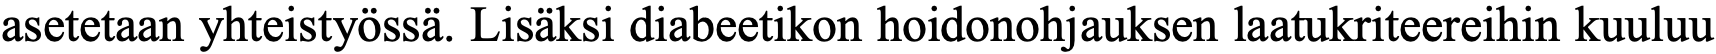
asetetaan yhteistyössä. Lisäksi diabeetikon hoidonohjauksen laatukriteereihin kuuluu